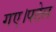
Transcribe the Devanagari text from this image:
गए।पटेल